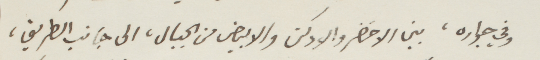
وفي جواره، بين الاخضر والأدكن والأبيض من الجبال، الى جانب الطريق،